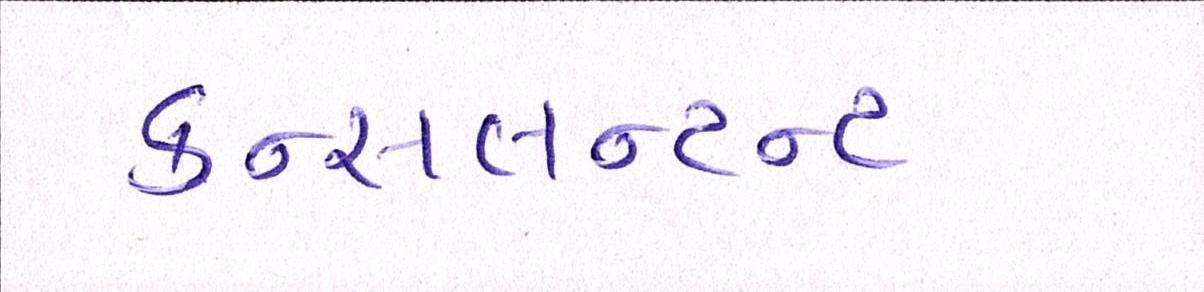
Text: કન્સલન્ટન્ટ